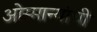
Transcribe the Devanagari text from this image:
ओस्मान्यांची